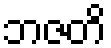
ဘဇတိ